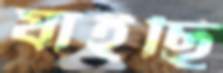
যাইছি